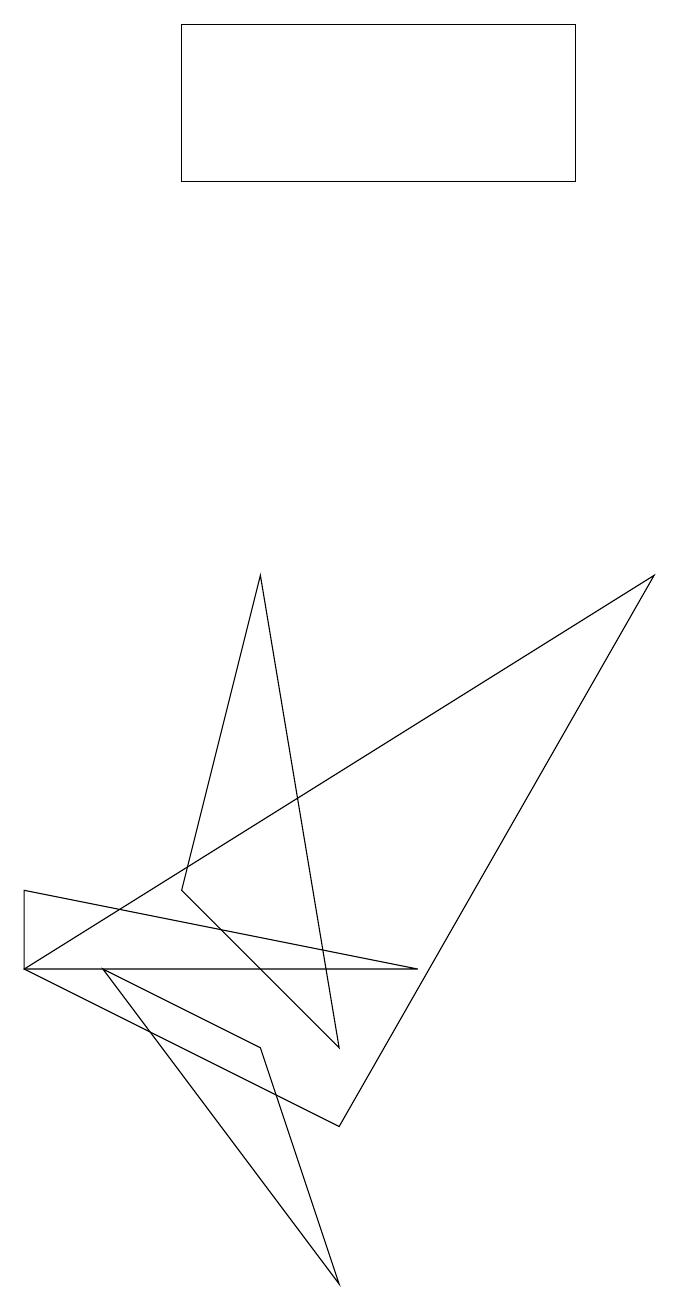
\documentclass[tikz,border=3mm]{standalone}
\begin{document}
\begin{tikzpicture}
\draw (2,5) -- (4,3) -- (3,9) -- cycle;
\draw (0,4) -- (5,4) -- (0,5) -- cycle;
\draw (2,16) rectangle (7,14);
\draw (1,4) -- (4,0) -- (3,3) -- cycle;
\draw (0,4) -- (8,9) -- (4,2) -- cycle;
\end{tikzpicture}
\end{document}